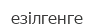
езілгенге